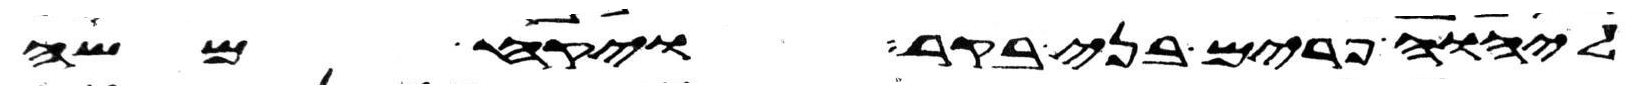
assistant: ליהוה פרים בני בקר ויקח משה